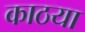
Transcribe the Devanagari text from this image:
काठया